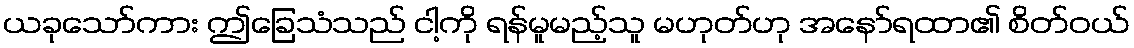
ယခုသော်ကား ဤခြေသံသည် ငါ့ကို ရန်မူမည့်သူ မဟုတ်ဟု အနော်ရထာ၏ စိတ်ဝယ်